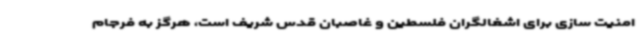
امنیت سازی برای اشغالگران فلسطین و غاصبان قدس شریف است، هرگز به فرجام